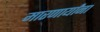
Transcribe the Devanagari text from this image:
मारणार्यांना